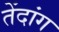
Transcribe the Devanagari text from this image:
तेंदांग